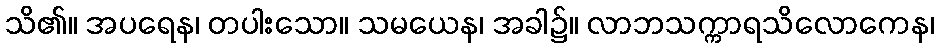
သိ၏။ အပရေန၊ တပါးသော။ သမယေန၊ အခါ၌။ လာဘသက္ကာရသိလောကေန၊